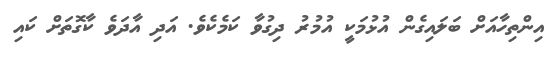
އިންތިހާއަށް ބަލައިގެން އުޅުމަކީ އުމުރު ދިގުވާ ކަމެކެވެ. އަދި އާދަވެ ކާގޮތަށް ކައި